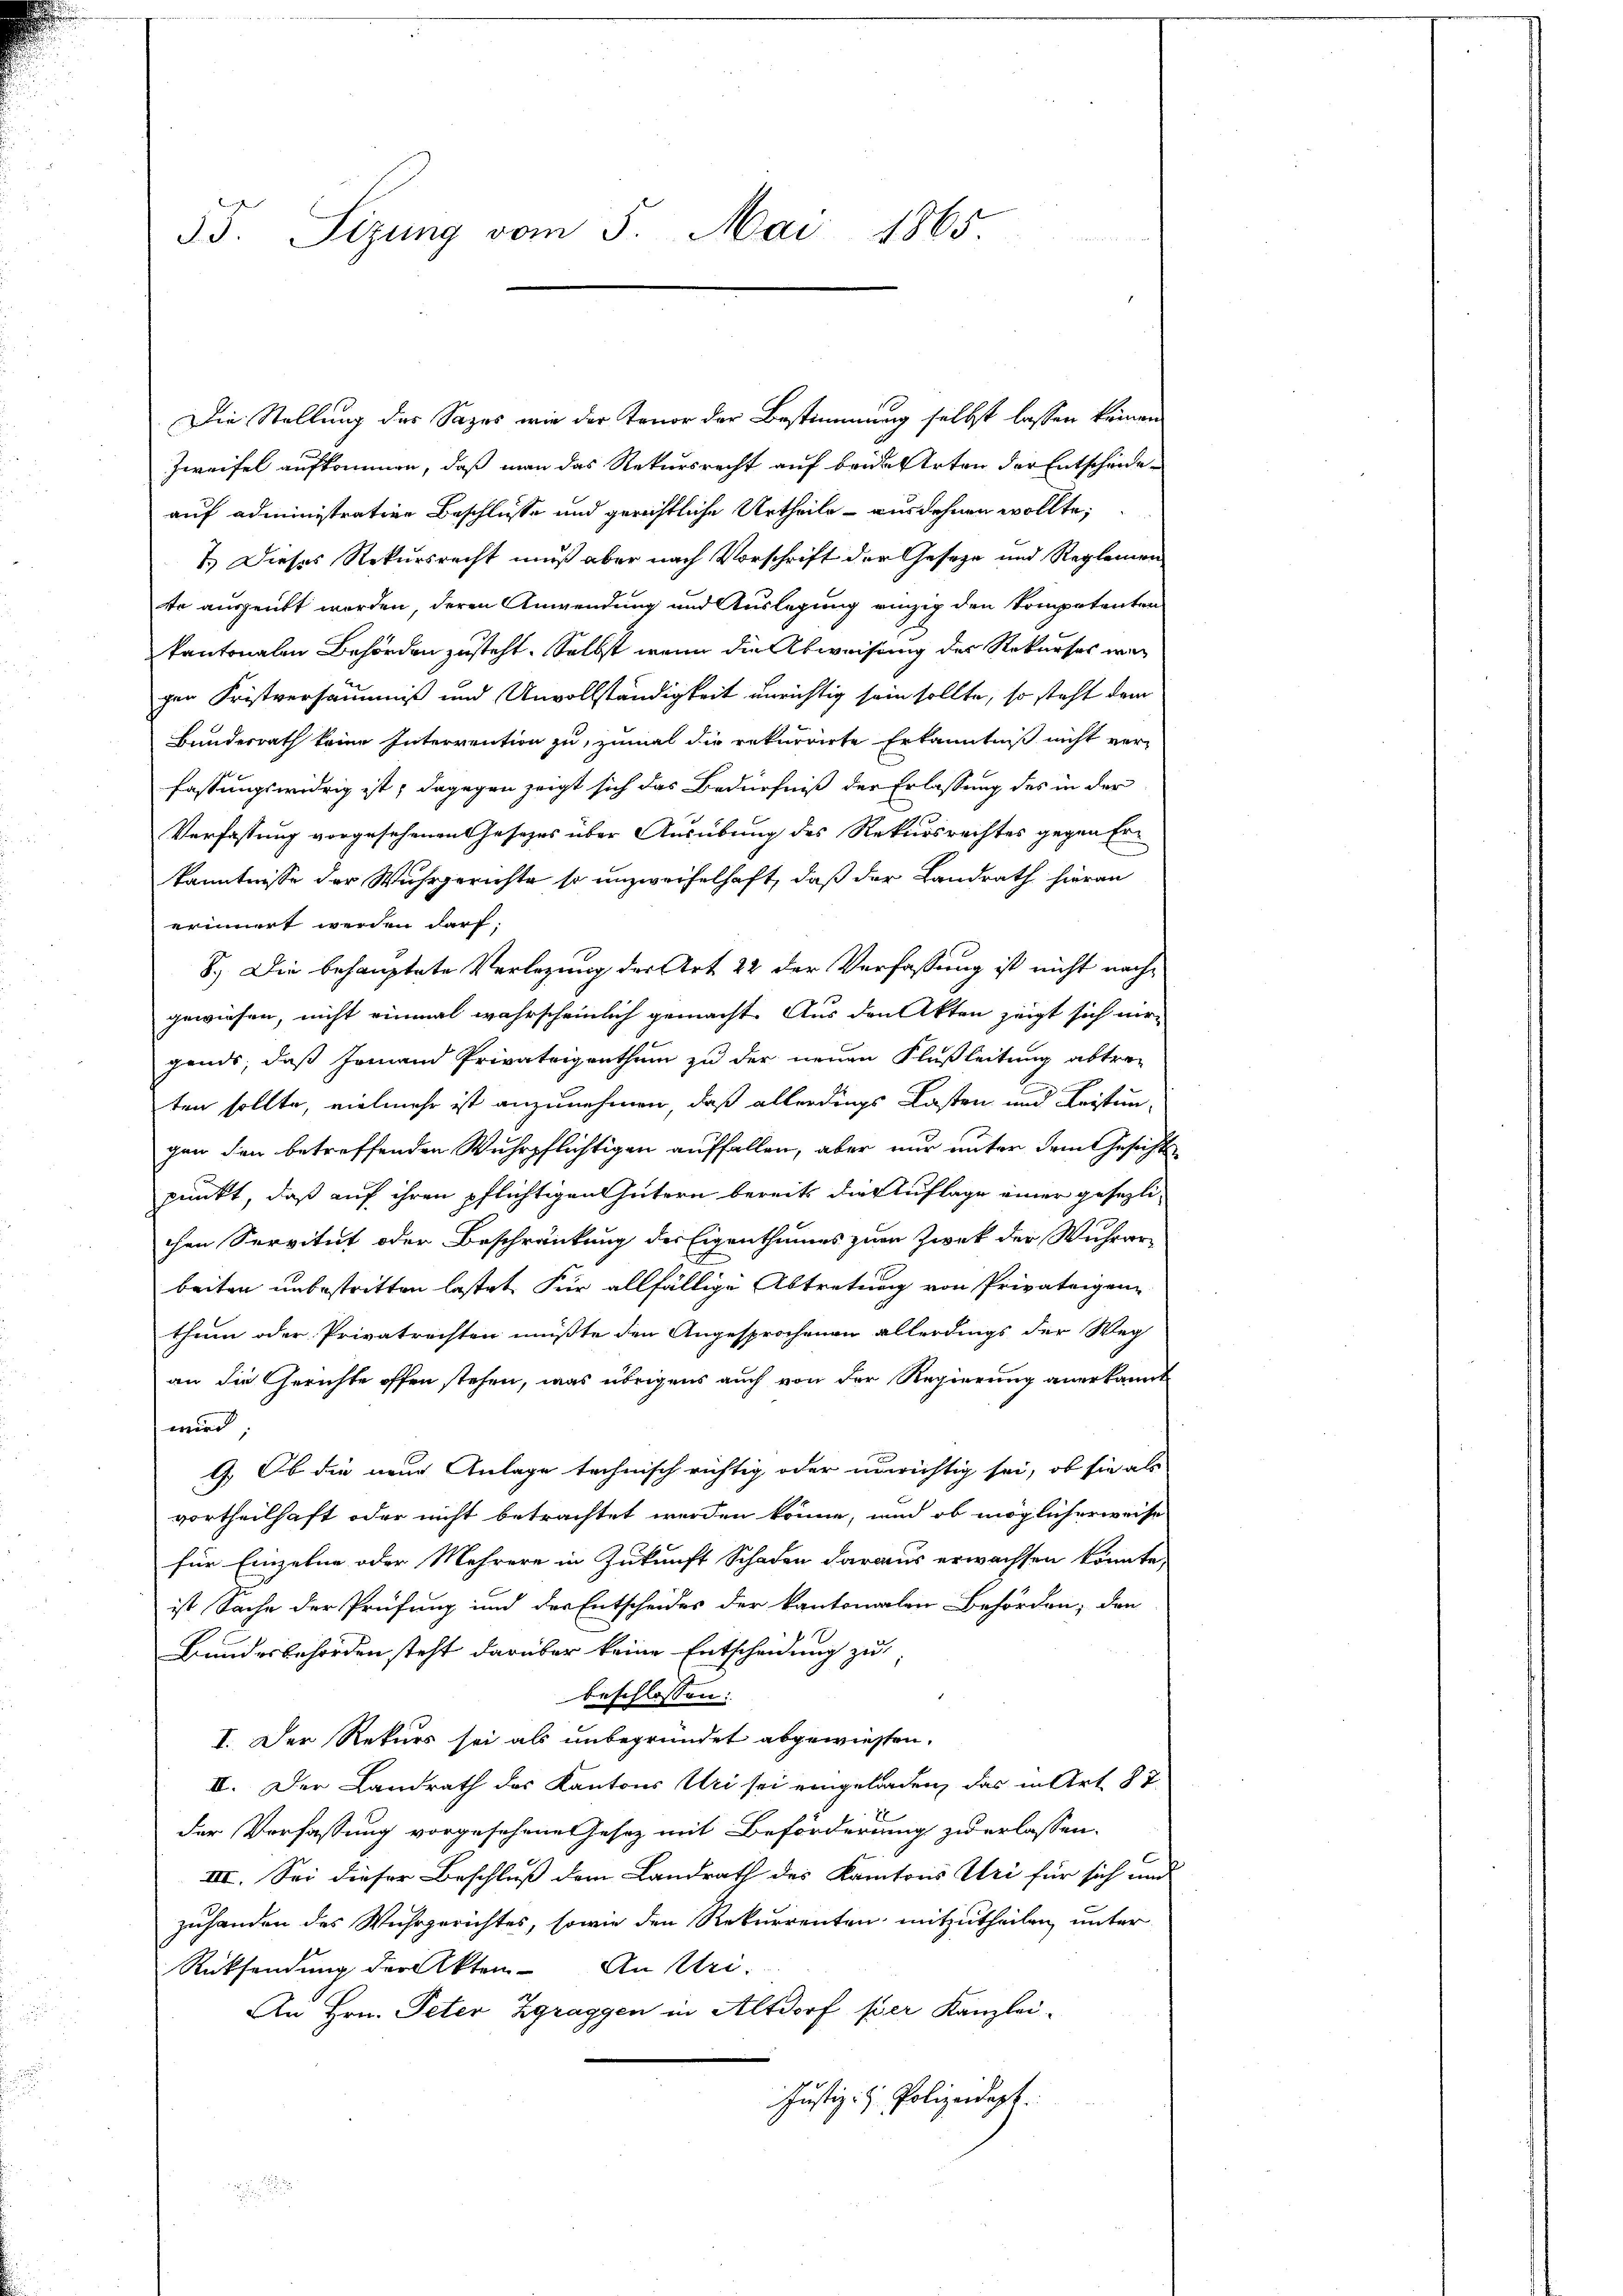
55. Sizung vom 5. Mai 1865.

Die Stellung der Sazes wie der Tenor der Bestimmung selbst lassen keinen
Zweifel aufkommen, daß man das Rekursrecht auf beide Arten der Entscheideauf administrative Beschlüsse und gerichtliche Urtheile ausdehnen wollte;
1.) Dieses Rekursrecht muß aber nach Vorschrift der Geseze und Reglemen
te ausgeübt worden, deren Anwendung und Auslegung einzig den kompetenten
kantonalen Behörden zusteht. Selbst wenn die Abweisung der Rekurses war
gen Fristversäumniß und Unvollständigkeit unrichtig sein sollte, so steht dem
Bundesrath keine Interrention zu, zumal die rekurrirte Erkanntniß nicht verfassungswidrig ist; dagegen zeigt sich das Bedürfniß der Erlassung des in der
Verfassung vorgesehenen Gesetzes über Ausübung des Rekursrechtes gegen Erkanntnisse der Wahrgerichte so unzweifelhaft, daß der Landrath hieran
erinnert werden darf.
8.) Die behauptete Verlegung der Art 22 der Verfassung ist nicht nachgewiesen, nicht einmal wahrscheinlich gemacht. Aus den Akten zeigt sich mir
gends, daß Jemand Privateigenthum zu der neuen Flußleitung abtreten sollte, vielmehr ist anzunehmen, daß allerdings Casten und Leistungen den betreffenden Wuhrpflichtigen auffallen, aber nur unter dem Gesichtspunkt, daß auf ihren pflichtigen Gütern bereits die Auflage einer gesezli-
chen Servitut oder Beschränkung des Eigenthumes zum Zwek der Wuhrar-
beiten unbestritten lastet. Für allfällige Abtretung von Privateigen-
thum oder Privatrechten müßte den Angesprochenen allerdings der Weg
an die Gerichte offen stehen, was übrigens auch von der Regierung anerkannt
wird
1.) Ob die neue Anlage technisch richtig oder unrichtig sei, ob sie als
vortheilhaft oder nicht betrachtet werden könne, und ob möglicherweise
für Einzelne oder Mehrere in Zukunft Schaden daraus erwachsen könnte,
ist Sache der Prüfung und der Entscheides der kantonalen Behörden, den
Bundesbehörden steht darüber keine Entscheidung zu
beschlossen:
I. Der Rekurs sei als unbegründet abgewiessen.
II. Der Landrath des Kantons Uri sei eingeladen, das in Art. 87
der Verfassung vorgesehenes Gesez mit Beförderung zu erlassen.
III. Sei dieser Beschluß dem Landrath des Kantons Uri für sich und
zuhanden des Wuhrgerichtes, sowie den Rekurrenten mitzutheilen, unter
Rücksendung der Akten. An Uri-
An Hrn. Peter Zgraggen in Altdorf per Kanzlei-
Justiz- & Polizeidigt.